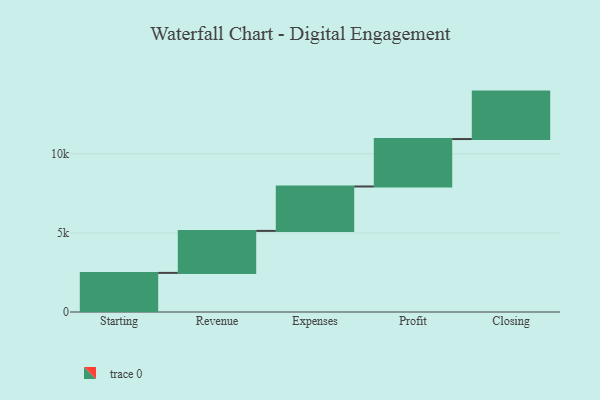
{"axis": {"x": "Step", "y": "Value"}, "legend": [""], "data": [{"x": "Starting", "y": 2473.0, "type": ""}, {"x": "Revenue", "y": 2656.0, "type": ""}, {"x": "Expenses", "y": 2809.0, "type": ""}, {"x": "Profit", "y": 3000, "type": ""}, {"x": "Closing", "y": 3000, "type": ""}]}